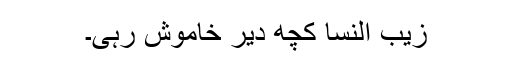
زیب النسا کچھ دیر خاموش رہی۔